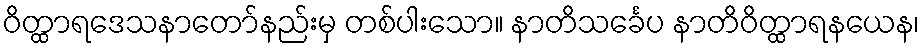
ဝိတ္ထာရဒေသနာတော်နည်းမှ တစ်ပါးသော။ နာတိသင်္ခေပ နာတိဝိတ္ထာရနယေန၊